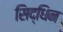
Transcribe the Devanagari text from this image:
सिद्धिन